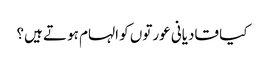
کیا قادیانی عورتوں کو الہام ہوتے ہیں؟